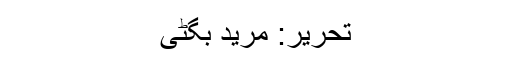
تحریر: مرید بگٹی